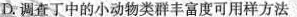
D.调查丁中的小动物类群丰富度可用样方法